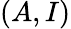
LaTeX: (A,I)